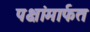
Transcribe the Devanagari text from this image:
पक्षांमार्फत